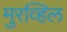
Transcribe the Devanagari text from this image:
मुरव्हिल